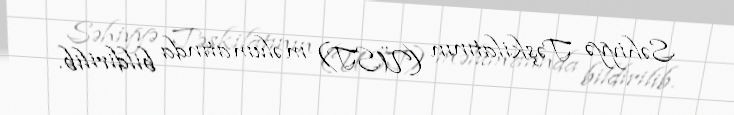
Səhiyyə Təşkilatının (ÜST) məlumatında bildirilib.